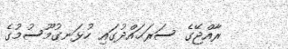
ރާއްޖޭގެ ސަރަޙައްދުގައި ހުޅަނގުމޫސުމުގެ